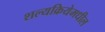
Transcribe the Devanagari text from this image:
शल्यक्रियेमधील